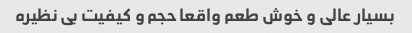
بسیار عالی و خوش طعم واقعا حجم و کیفیت بی نظیره